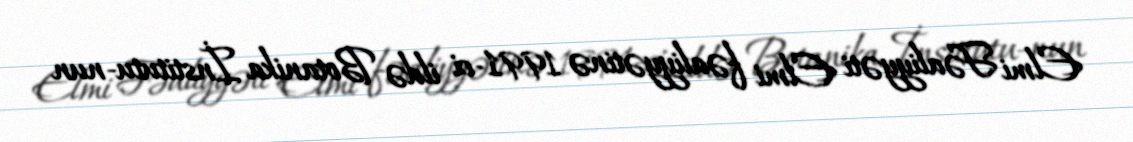
Elmi Fəaliyyəti Elmi fəaliyyətinə 1991-ci ildə Botanika İnstitutu-nun